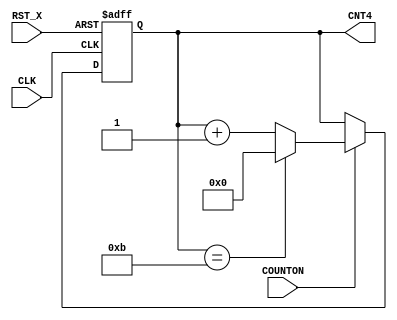
module counter(CLK, RST_X, COUNTON, CNT4);
input wire CLK, RST_X, COUNTON;
output reg [3:0] CNT4;

always @(posedge CLK or negedge RST_X) begin
  if (!RST_X)
    CNT4 <= 0;
  else
    if (COUNTON) begin
      if (CNT4 == 11)
        CNT4 <= 0;
      else
        CNT4 <= CNT4 + 1;
    end
end

endmodule